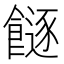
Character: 𩞈